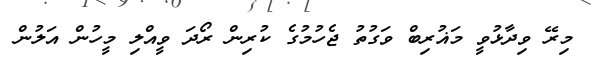
މިރޭ ވިދާޅުވީ މަޣުރިބް ވަގުތު ޖެހުމުގެ ކުރިން ރޯދަ ވީއްލި މީހުން އަލުން